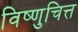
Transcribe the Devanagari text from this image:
विष्णुचित्त